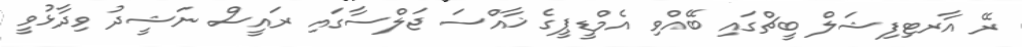
ރޭ އާރޓިފިޝަލް ބީޗްގައި ބޭއްވި އެމްޑީޕީގެ ޚާއްސަ ޖަލްސާގައި ރައީސް ނަޝީދު ވިދާޅުވީ